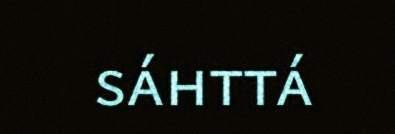
sáhttá